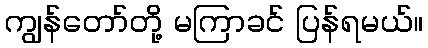
ကျွန်တော်တို့ မကြာခင် ပြန်ရမယ်။